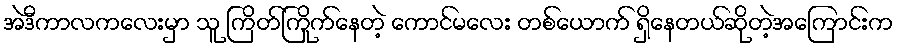
အဲဒီကာလကလေးမှာ သူ ကြိတ်ကြိုက်နေတဲ့ ကောင်မလေး တစ်ယောက် ရှိနေတယ်ဆိုတဲ့အကြောင်းက